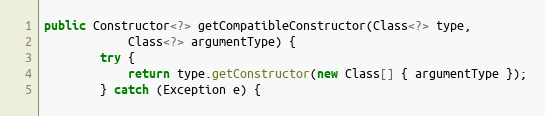
Language: Java
public Constructor<?> getCompatibleConstructor(Class<?> type,
			Class<?> argumentType) {
		try {
			return type.getConstructor(new Class[] { argumentType });
		} catch (Exception e) {